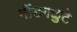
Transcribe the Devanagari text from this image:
नींङगळुटे